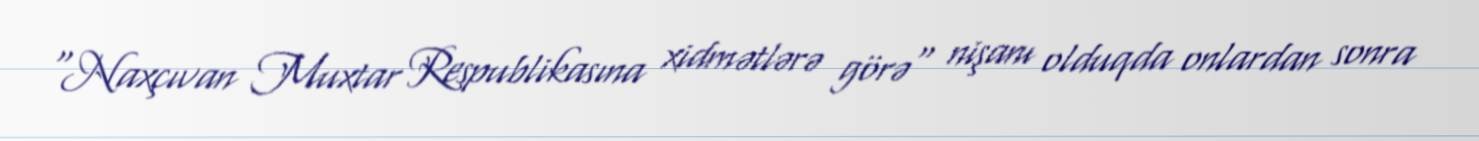
"Naxçıvan Muxtar Respublikasına xidmətlərə görə" nişanı olduqda onlardan sonra